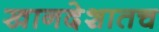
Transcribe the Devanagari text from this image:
खानदेशातच